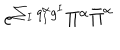
LaTeX: e ^ { \sum _ { I } q _ { I } ^ { \alpha } g ^ { I } } \Pi ^ { \alpha } \bar { \Pi } ^ { \alpha }